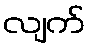
လျက်